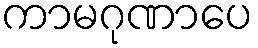
ကာမဂုဏာပေ